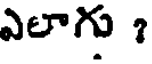
ఎలాగు ?